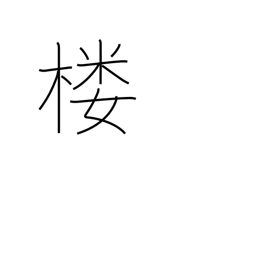
Meaning: watchtower